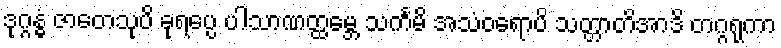
ဒုဂ္ဂန္ဓံ ဇာတေသုပိ ခုရပ္ပေ ပါသာဏတ္ထမ္ဘေ သင်္ကမိ အသံဝရောပိ သတ္တာတိအာဒိ တဂ္ဂရုကာ